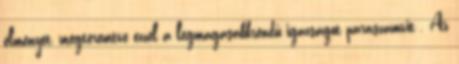
élményét, megteremtve ezzel a legmagasabbrendű igazságot paraszamvit . Az